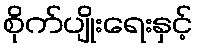
စိုက်ပျိုးရေးနှင့်